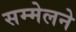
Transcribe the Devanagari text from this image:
सम्मेलने